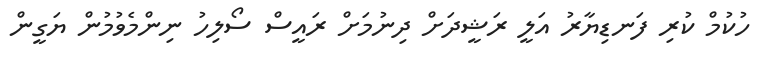
ހުކުމް ކުރި ފަނޑިޔާރު އަލީ ރަޝީދަށް ދިނުމަށް ރައީސް ސޯލިހު ނިންމެވުމުން ޔަގީން